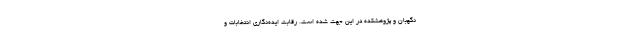
نگهبان و پژوهشکده در این جهت شده است. رقابت ایده‌نگاری انتخابات و